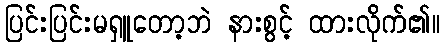
ပြင်းပြင်းမရှူတော့ဘဲ နားစွင့် ထားလိုက်၏။